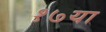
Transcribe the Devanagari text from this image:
१७या